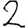
Digit: 2